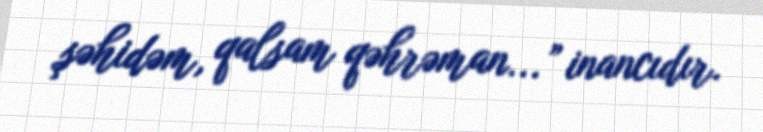
şəhidəm, qalsam qəhrəman...” inancıdır.